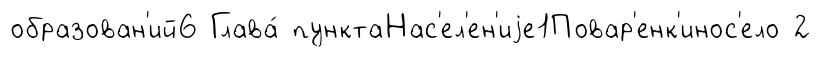
образован'ий6 Глава́ пунктаНас'ел'ен'иjе1Повар'енк'инос'ело 2